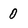
Character: 0